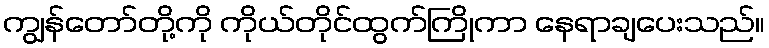
ကျွန်တော်တို့ကို ကိုယ်တိုင်ထွက်ကြိုကာ နေရာချပေးသည်။